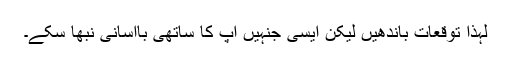
لہٰذا توقعات باندھیں لیکن ایسی جنہیں آپ کا ساتھی باآسانی نبھا سکے۔